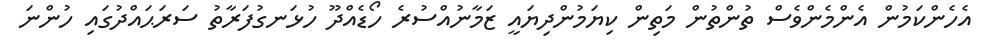
އެހެންކަމުން އެންމެންވެސް ތުންތުން މަތިން ކިޔަމުންދިޔައީ ޒަމާނުއްސުރެ ހޯޑެއްދޫ ހުޅަނގުފަރާތު ސަރަޙައްދުގައި ހުންނަ